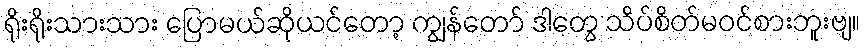
ရိုးရိုးသားသား ပြောမယ်ဆိုယင်တော့ ကျွန်တော် ဒါတွေ သိပ်စိတ်မဝင်စားဘူးဗျ။